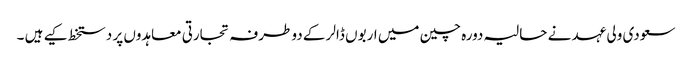
سعودی ولی عہد نے حالیہ دورہ چین میں اربوں ڈالر کے دو طرفہ تجارتی معاہدوں پر دستخط کیے ہیں ۔